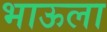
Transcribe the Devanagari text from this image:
भाऊला